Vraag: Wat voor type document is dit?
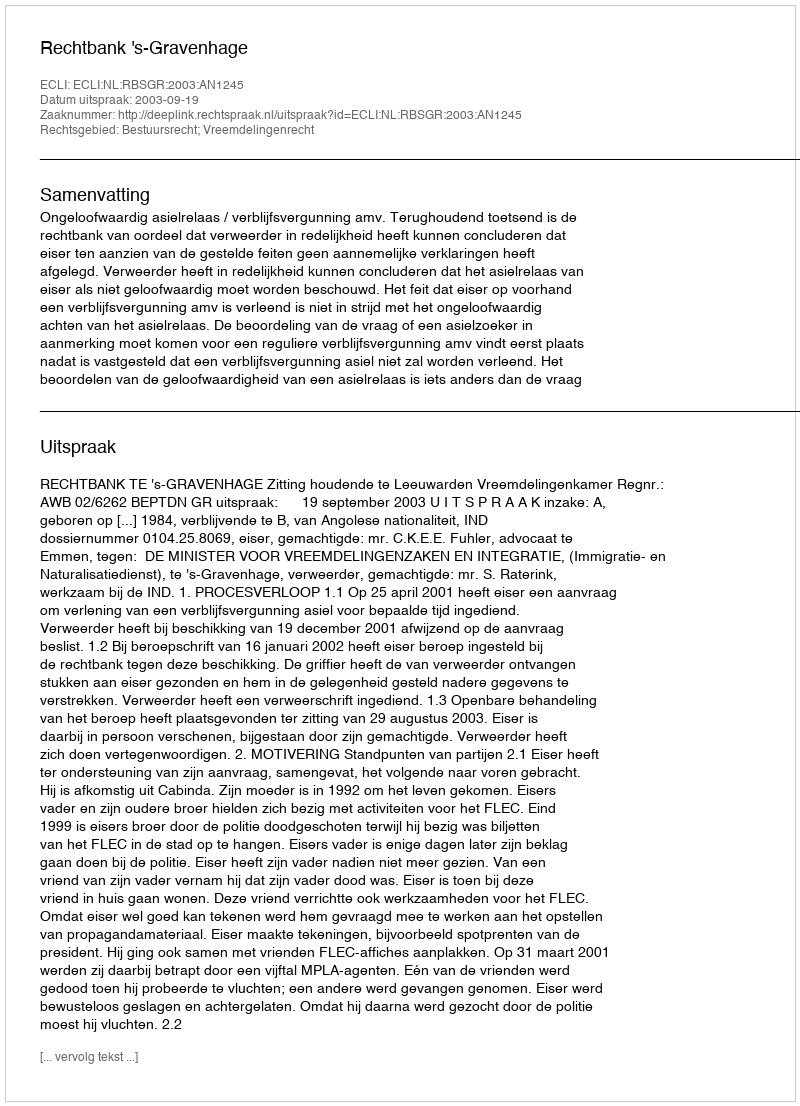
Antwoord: Uitspraak